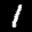
Label: 1